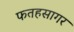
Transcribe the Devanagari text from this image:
फतहसागर